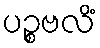
ပဉ္စဗလိံ